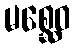
မစ္ဆေဝ